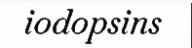
iodopsins